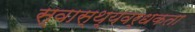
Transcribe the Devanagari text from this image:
स्वास्थ्यवर्धकता